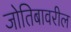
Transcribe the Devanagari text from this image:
जोतिबावरील